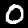
Digit: 0